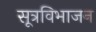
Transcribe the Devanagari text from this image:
सूत्रविभाजन